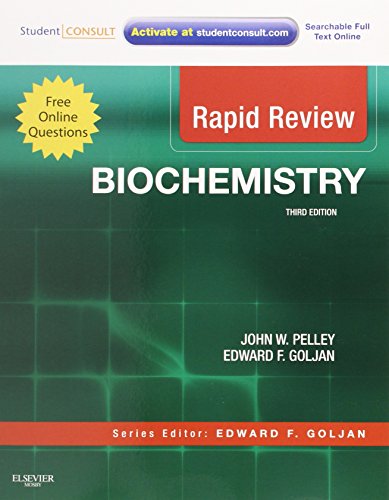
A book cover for Rapid Review Biochemistry: With STUDENT CONSULT Online Access, 3e; John W. Pelley PhD; Engineering & Transportation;